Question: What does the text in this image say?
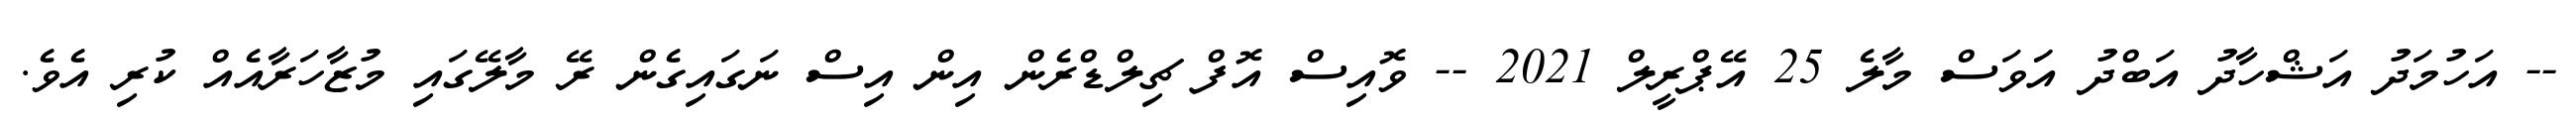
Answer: -- އަހުމަދު އަޝްހާދު އަބްދު އަަވަސް މާލެ 25 އޭޕްރީލް 2021 -- ވޮއިސް އޮފް ޗިލްޑްރެން އިން އިސް ނަގައިގެން ރޭ މާލޭގައި މުޒާހަރާއެއް ކުރި އެވެ.